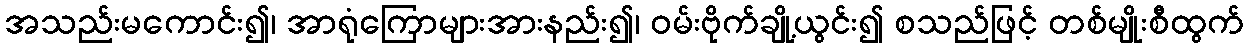
အသည်းမကောင်း၍၊ အာရုံကြောများအားနည်း၍၊ ဝမ်းဗိုက်ချို့ယွင်း၍ စသည်ဖြင့် တစ်မျိုးစီထွက်